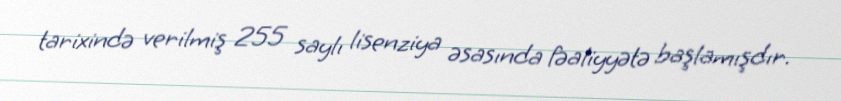
tarixində verilmiş 255 saylı lisenziya əsasında fəaliyyətə başlamışdır.